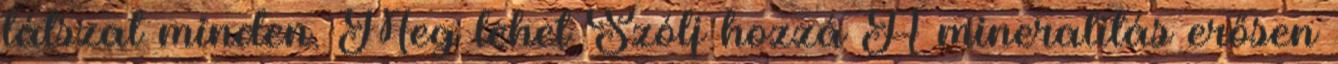
látszat minden. Meg lehet Szólj hozzá A mineralitás erősen